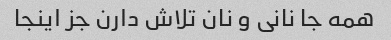
همه جا نانی و نان تلاش دارن جز اینجا